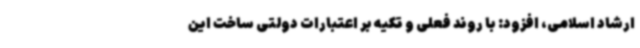
ارشاد اسلامی، افزود: با روند فعلی و تکیه بر اعتبارات دولتی ساخت این